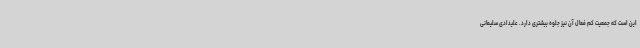
این است که جمعیت کم فعال آن نیز جلوه بیشتری دارد. علیدادی سلیمانی